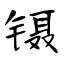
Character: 镊